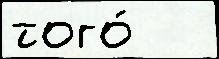
того́